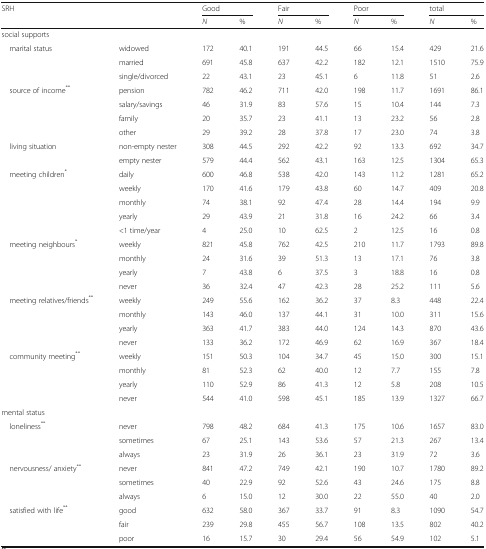
<table><thead><tr><td rowspan="2" colspan="2"><b>SRH</b></td><td colspan="2"><b>Good</b></td><td colspan="2"><b>Fair</b></td><td colspan="2"><b>Poor</b></td><td colspan="2"><b>total</b></td></tr><tr><td><b><i>N</i></b></td><td><b>%</b></td><td><b><i>N</i></b></td><td><b>%</b></td><td><b><i>N</i></b></td><td><b>%</b></td><td><b><i>N</i></b></td><td><b>%</b></td></tr></thead><tbody><tr><td colspan="10">social supports</td></tr><tr><td rowspan="3"> marital status</td><td>widowed</td><td>172</td><td>40.1</td><td>191</td><td>44.5</td><td>66</td><td>15.4</td><td>429</td><td>21.6</td></tr><tr><td>married</td><td>691</td><td>45.8</td><td>637</td><td>42.2</td><td>182</td><td>12.1</td><td>1510</td><td>75.9</td></tr><tr><td>single/divorced</td><td>22</td><td>43.1</td><td>23</td><td>45.1</td><td>6</td><td>11.8</td><td>51</td><td>2.6</td></tr><tr><td rowspan="4"> source of income<sup>**</sup></td><td>pension</td><td>782</td><td>46.2</td><td>711</td><td>42.0</td><td>198</td><td>11.7</td><td>1691</td><td>86.1</td></tr><tr><td>salary/savings</td><td>46</td><td>31.9</td><td>83</td><td>57.6</td><td>15</td><td>10.4</td><td>144</td><td>7.3</td></tr><tr><td>family</td><td>20</td><td>35.7</td><td>23</td><td>41.1</td><td>13</td><td>23.2</td><td>56</td><td>2.8</td></tr><tr><td>other</td><td>29</td><td>39.2</td><td>28</td><td>37.8</td><td>17</td><td>23.0</td><td>74</td><td>3.8</td></tr><tr><td rowspan="2"> living situation</td><td>non-empty nester</td><td>308</td><td>44.5</td><td>292</td><td>42.2</td><td>92</td><td>13.3</td><td>692</td><td>34.7</td></tr><tr><td>empty nester</td><td>579</td><td>44.4</td><td>562</td><td>43.1</td><td>163</td><td>12.5</td><td>1304</td><td>65.3</td></tr><tr><td rowspan="5"> meeting children<sup>*</sup></td><td>daily</td><td>600</td><td>46.8</td><td>538</td><td>42.0</td><td>143</td><td>11.2</td><td>1281</td><td>65.2</td></tr><tr><td>weekly</td><td>170</td><td>41.6</td><td>179</td><td>43.8</td><td>60</td><td>14.7</td><td>409</td><td>20.8</td></tr><tr><td>monthly</td><td>74</td><td>38.1</td><td>92</td><td>47.4</td><td>28</td><td>14.4</td><td>194</td><td>9.9</td></tr><tr><td>yearly</td><td>29</td><td>43.9</td><td>21</td><td>31.8</td><td>16</td><td>24.2</td><td>66</td><td>3.4</td></tr><tr><td>&lt;1 time/year</td><td>4</td><td>25.0</td><td>10</td><td>62.5</td><td>2</td><td>12.5</td><td>16</td><td>0.8</td></tr><tr><td rowspan="4"> meeting neighbours<sup>*</sup></td><td>weekly</td><td>821</td><td>45.8</td><td>762</td><td>42.5</td><td>210</td><td>11.7</td><td>1793</td><td>89.8</td></tr><tr><td>monthly</td><td>24</td><td>31.6</td><td>39</td><td>51.3</td><td>13</td><td>17.1</td><td>76</td><td>3.8</td></tr><tr><td>yearly</td><td>7</td><td>43.8</td><td>6</td><td>37.5</td><td>3</td><td>18.8</td><td>16</td><td>0.8</td></tr><tr><td>never</td><td>36</td><td>32.4</td><td>47</td><td>42.3</td><td>28</td><td>25.2</td><td>111</td><td>5.6</td></tr><tr><td rowspan="4"> meeting relatives/friends<sup>**</sup></td><td>weekly</td><td>249</td><td>55.6</td><td>162</td><td>36.2</td><td>37</td><td>8.3</td><td>448</td><td>22.4</td></tr><tr><td>monthly</td><td>143</td><td>46.0</td><td>137</td><td>44.1</td><td>31</td><td>10.0</td><td>311</td><td>15.6</td></tr><tr><td>yearly</td><td>363</td><td>41.7</td><td>383</td><td>44.0</td><td>124</td><td>14.3</td><td>870</td><td>43.6</td></tr><tr><td>never</td><td>133</td><td>36.2</td><td>172</td><td>46.9</td><td>62</td><td>16.9</td><td>367</td><td>18.4</td></tr><tr><td rowspan="4"> community meeting<sup>**</sup></td><td>weekly</td><td>151</td><td>50.3</td><td>104</td><td>34.7</td><td>45</td><td>15.0</td><td>300</td><td>15.1</td></tr><tr><td>monthly</td><td>81</td><td>52.3</td><td>62</td><td>40.0</td><td>12</td><td>7.7</td><td>155</td><td>7.8</td></tr><tr><td>yearly</td><td>110</td><td>52.9</td><td>86</td><td>41.3</td><td>12</td><td>5.8</td><td>208</td><td>10.5</td></tr><tr><td>never</td><td>544</td><td>41.0</td><td>598</td><td>45.1</td><td>185</td><td>13.9</td><td>1327</td><td>66.7</td></tr><tr><td colspan="10">mental status</td></tr><tr><td rowspan="3"> loneliness<sup>**</sup></td><td>never</td><td>798</td><td>48.2</td><td>684</td><td>41.3</td><td>175</td><td>10.6</td><td>1657</td><td>83.0</td></tr><tr><td>sometimes</td><td>67</td><td>25.1</td><td>143</td><td>53.6</td><td>57</td><td>21.3</td><td>267</td><td>13.4</td></tr><tr><td>always</td><td>23</td><td>31.9</td><td>26</td><td>36.1</td><td>23</td><td>31.9</td><td>72</td><td>3.6</td></tr><tr><td rowspan="3"> nervousness/ anxiety<sup>**</sup></td><td>never</td><td>841</td><td>47.2</td><td>749</td><td>42.1</td><td>190</td><td>10.7</td><td>1780</td><td>89.2</td></tr><tr><td>sometimes</td><td>40</td><td>22.9</td><td>92</td><td>52.6</td><td>43</td><td>24.6</td><td>175</td><td>8.8</td></tr><tr><td>always</td><td>6</td><td>15.0</td><td>12</td><td>30.0</td><td>22</td><td>55.0</td><td>40</td><td>2.0</td></tr><tr><td rowspan="3"> satisfied with life<sup>**</sup></td><td>good</td><td>632</td><td>58.0</td><td>367</td><td>33.7</td><td>91</td><td>8.3</td><td>1090</td><td>54.7</td></tr><tr><td>fair</td><td>239</td><td>29.8</td><td>455</td><td>56.7</td><td>108</td><td>13.5</td><td>802</td><td>40.2</td></tr><tr><td>poor</td><td>16</td><td>15.7</td><td>30</td><td>29.4</td><td>56</td><td>54.9</td><td>102</td><td>5.1</td></tr></tbody></table>